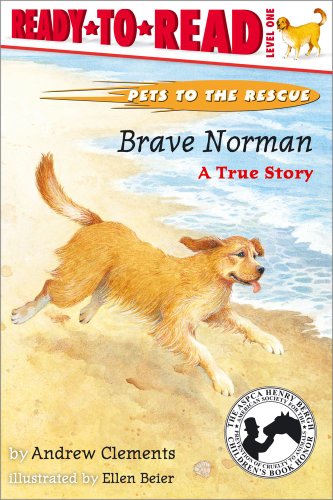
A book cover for Brave Norman : A True Story; Andrew Clements; Children's Books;